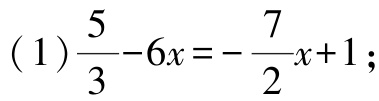
\((1)\frac{5}{3}-6x = -\frac{7}{2}x + 1;\)